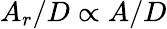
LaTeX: A_{r}/D\propto A/D